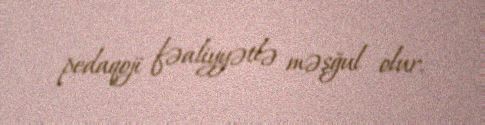
pedaqoji fəaliyyətlə məşğul olur.